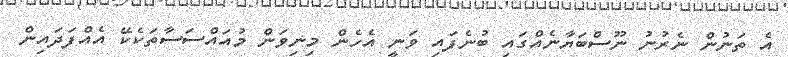
އެ ތަނުން ނެރުނު ނޫސްބަޔާނެއްގައި ބުނެފައި ވަނީ އެހެން މިނިވަން މުއައްސަސާތަކެކޭ އެއްފަދައިން